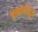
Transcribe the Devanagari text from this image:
इत्यादीतून